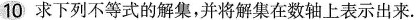
10求下列不等式的解集，并将解集在数轴上表示出来。